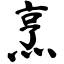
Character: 烹